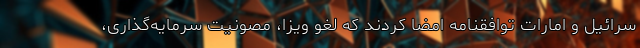
سرائیل و امارات توافقنامه امضا کردند که لغو ویزا، مصونیت سرمایه‌گذاری،